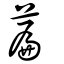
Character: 萹